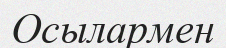
Осылармен